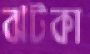
ঝটকা